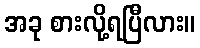
အခု စားလို့ရပြီလား။